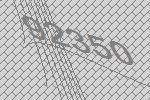
92350